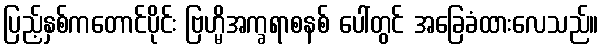
ပြည့်နှစ်ကတောင်ပိုင်း ဗြဟ္မိအက္ခရာစနစ် ပေါ်တွင် အခြေခံထားလေသည်။